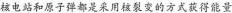
核电站和原子弹都是采用核裂变的方式获得能量